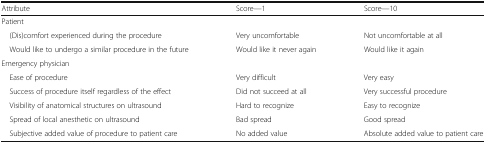
| Attribute | Score—1 | Score—10 |
 | --- | --- | --- |
 | Patient |  |  |
 | (Dis)comfort experienced during the procedure | Very uncomfortable | Not uncomfortable at all |
 | Would like to undergo a similar procedure in the future | Would like it never again | Would like it again |
 | Emergency physician |  |  |
 | Ease of procedure | Very difficult | Very easy |
 | Success of procedure itself regardless of the effect | Did not succeed at all | Very successful procedure |
 | Visibility of anatomical structures on ultrasound | Hard to recognize | Easy to recognize |
 | Spread of local anesthetic on ultrasound | Bad spread | Good spread |
 | Subjective added value of procedure to patient care | No added value | Absolute added value to patient care |